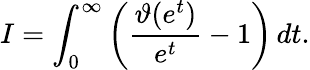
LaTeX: I=\int_{0}^{\infty}\left({\frac{\vartheta(e^{t})}{e^{t}}}-1\right)\, dt.